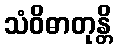
သံဝိဓာတုန္တိ